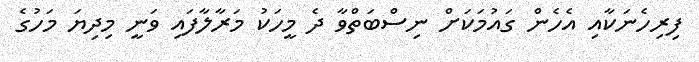
ފިރިހެނަކާއި އެހެން ގައުމަކަށް ނިސްބަތްވާ ދެ މީހަކު މަރާލާފައި ވަނީ މިދިޔަ މަހުގެ